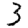
Digit: 3